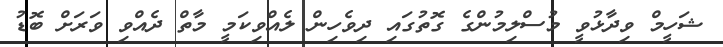
ޝަހީމް ވިދާޅުވީ މުސްލިމުންގެ ގޮތުގައި ދިވެހިން ލެއްވިކަމީ މާތް ދެއްވި ވަރަށް ބޮޑު